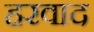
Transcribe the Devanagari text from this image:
हरवाद